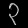
Digit: ၃